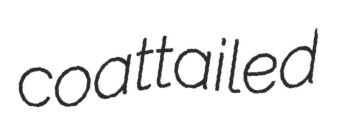
coattailed